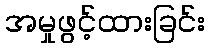
အမှုဖွင့်ထားခြင်း